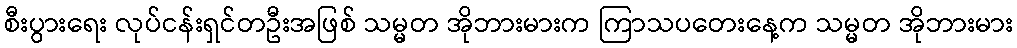
စီးပွားရေး လုပ်ငန်းရှင်တဦးအဖြစ် သမ္မတ အိုဘားမားက ကြာသပတေးနေ့က သမ္မတ အိုဘားမား